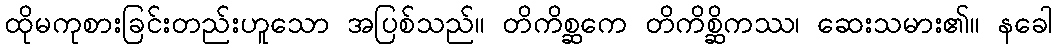
ထိုမကုစားခြင်းတည်းဟူသော အပြစ်သည်။ တိကိစ္ဆကေ တိကိစ္ဆိကဿ၊ ဆေးသမား၏။ နခေါ